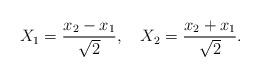
LaTeX: \begin{align*}X_1=\frac{x_2-x_1}{\sqrt{2}},\ \ \ X_2= \frac{x_2+x_1}{\sqrt{2}}.\end{align*}